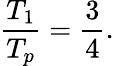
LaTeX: \begin{array}{ccc}{\displaystyle{\frac{T_{1}}{T_{p}}=\frac{3}{4}.}}\end{array}